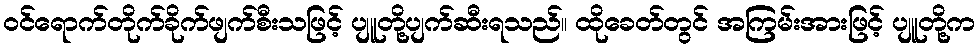
ဝင်ရောက်တိုက်ခိုက်ဖျက်စီးသဖြင့် ပျူတို့ပျက်ဆီးရသည်။ ထိုခေတ်တွင် အကြမ်းအားဖြင့် ပျူတို့က